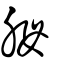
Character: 胟